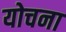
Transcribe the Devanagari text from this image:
योचना